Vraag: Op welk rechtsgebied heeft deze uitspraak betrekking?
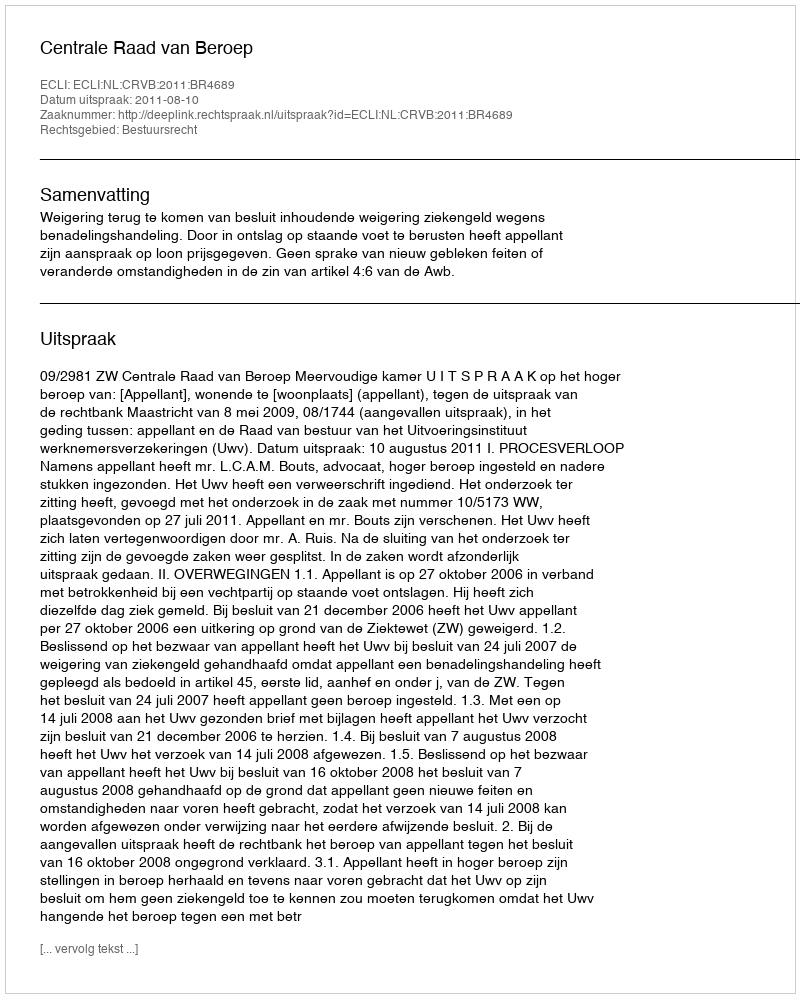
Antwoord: Bestuursrecht